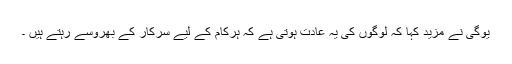
یوگی نے مزید کہا کہ لوگوں کی یہ عادت ہوتی ہے کہ ہرکام کے لیے سرکار کے بھروسے رہتے ہیں ۔